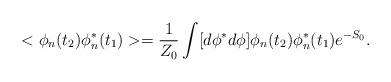
LaTeX: \begin{align*}<\phi_n(t_2) \phi^*_n(t_1)>=\frac{1}{Z_0} \int [d\phi^*d\phi]\phi_n(t_2) \phi^*_n(t_1) e^{-S_0}.\end{align*}